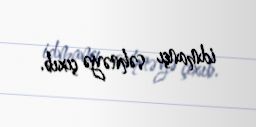
idmançı səhnəyə çıxıb.